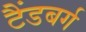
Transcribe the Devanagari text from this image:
टैंडबर्ग